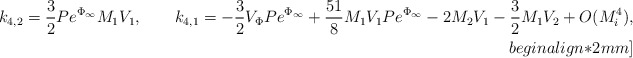
\begin{align*}k_{4,2}=\frac{3}{2} P e^{\Phi_{\infty}} M_1 V_1, \qquad k_{4,1}=-\frac{3}{2}V_{\Phi} P e^{\Phi_{\infty}}+\frac{51}{8} M_1 V_1 P e^{\Phi_{\infty}}-2 M_2 V_1 -\frac{3}{2} M_1 V_2 + O(M_i^4),\\begin{align*}2mm]\end{align*}